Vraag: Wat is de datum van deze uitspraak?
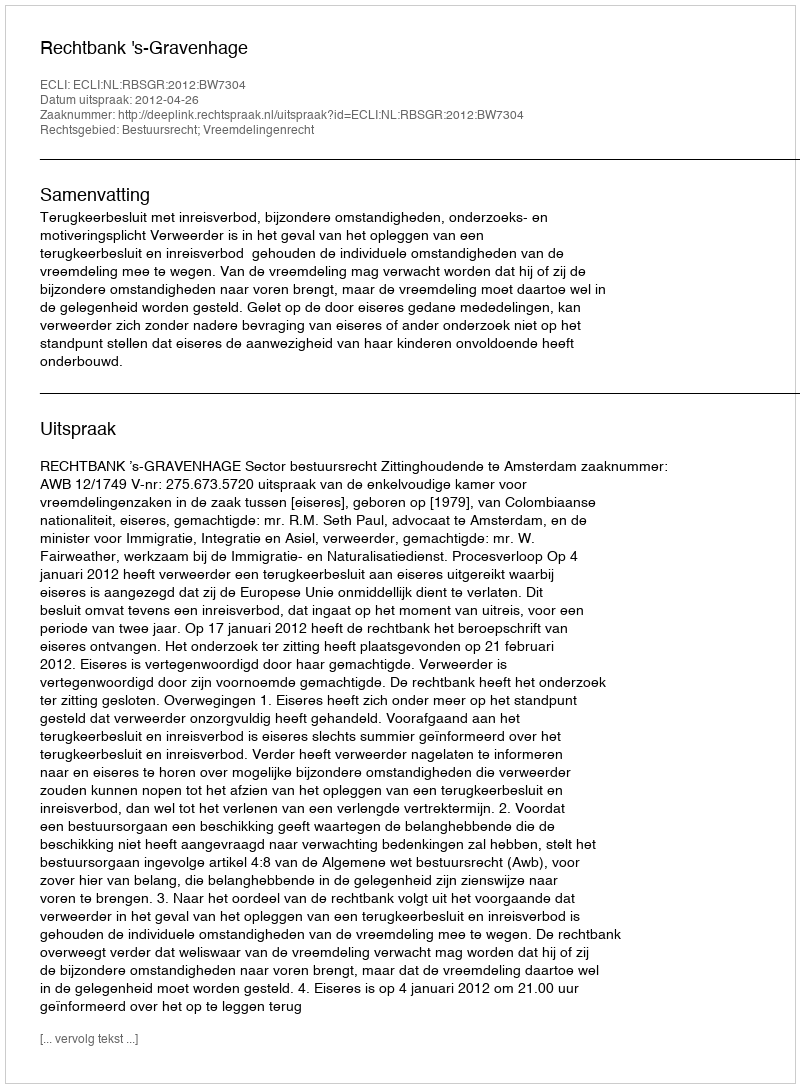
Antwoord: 2012-04-26